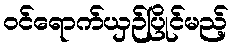
ဝင်ရောက်ယှဉ်ပြိုင်မည့်